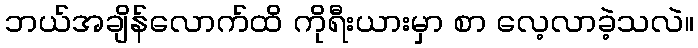
ဘယ်အချိန်လောက်ထိ ကိုရီးယားမှာ စာ လေ့လာခဲ့သလဲ။